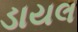
ડાયલ